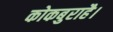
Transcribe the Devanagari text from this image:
कोकबुराहै।